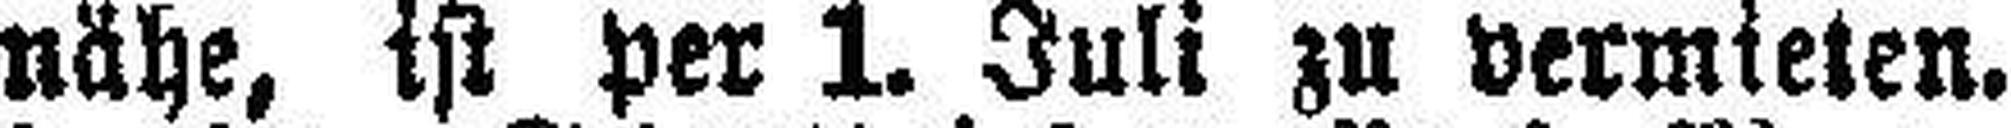
nähe, ist per 1. Juli zu vermieten.